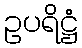
ဥပရိဋ္ဌံ